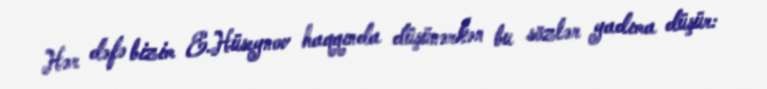
Hər dəfə bizim E.Hüseynov haqqında düşünərkən bu sözlər yadıma düşür: